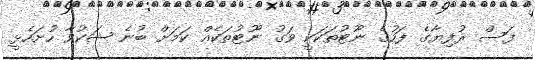
ފަސް ރުފިޔާގެ ފަހުގެ ނޫޓުތަކަކީ ވަގު ނޫޓުތަކެއް ކަމަށް ބުނެ ޝަކުވާ ހުށަހެޅީ